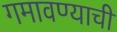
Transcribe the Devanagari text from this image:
गमावण्याची